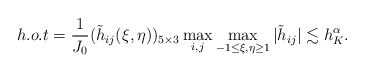
\begin{align*}h.o.t=\frac{1}{J_0}(\tilde h_{ij}(\xi,\eta))_{5\times3} \max\limits_{i,j}\max\limits_{-1\leq\xi,\eta\geq1} |\tilde h_{ij}| \lesssim h_K^\alpha.\end{align*}